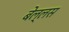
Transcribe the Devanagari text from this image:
बेल्लस